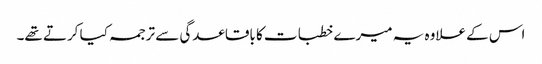
اس کے علاوہ یہ میرے خطبات کا باقاعدگی سے ترجمہ کیا کرتے تھے۔